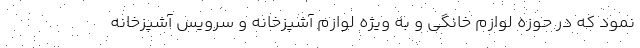
نمود که در حوزه لوازم خانگی و به ویژه لوازم آشپزخانه و سرویس آشپزخانه